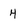
Character: 4